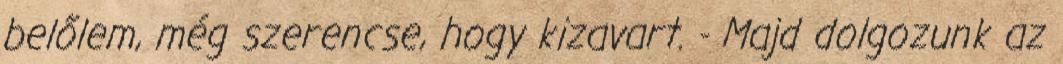
belőlem, még szerencse, hogy kizavart. - Majd dolgozunk az